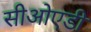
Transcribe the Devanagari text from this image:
सीओएडी